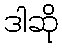
ဒါဆို